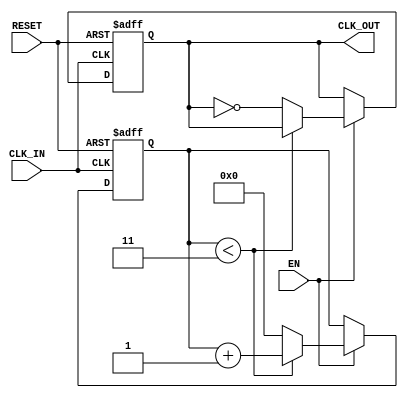
module clock_divider_buffer #(
    parameter N = 4 // Default division factor
)(
    input wire CLK_IN,   // Input clock signal
    input wire EN,       // Enable signal
    input wire RESET,    // Asynchronous reset signal
    output reg CLK_OUT    // Output clock signal
);

// Internal counter to count clock cycles
reg [31:0] counter; // 32-bit counter, adjust size as needed

// Clock Divider Logic
always @(posedge CLK_IN or posedge RESET) begin
    if (RESET) begin
        counter <= 0;   // Reset the counter
        CLK_OUT <= 0;   // Reset the output clock
    end else if (EN) begin
        // Increment the counter
        if (counter < (N - 1)) begin
            counter <= counter + 1;
        end else begin
            counter <= 0;        // Reset counter when it reaches N
            CLK_OUT <= ~CLK_OUT; // Toggle the output clock
        end
    end
end

endmodule